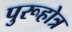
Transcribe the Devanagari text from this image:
पुरूहोत्र